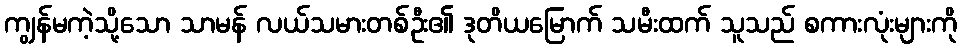
ကျွန်မကဲ့သို့သော သာမန် လယ်သမားတစ်ဦး၏ ဒုတိယမြောက် သမီးထက် သူသည် စကားလုံးများကို